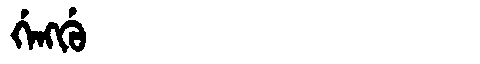
Manchu: ᡤᡝᠩᡤᡠ
Romanization: GENGGU